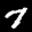
Label: 7